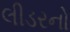
લીડરનો